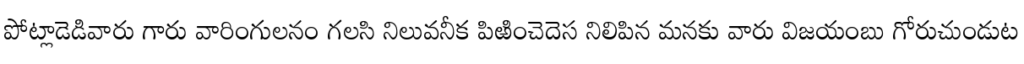
పోట్లాడెడివారు గారు వారింగులనం గలసి నిలువనీక పిఱించెదెస నిలిపిన మనకు వారు విజయంబు గోరుచుండుట